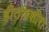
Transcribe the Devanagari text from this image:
हीतोबशीरा